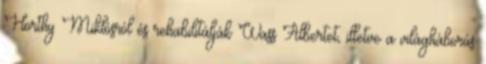
Horthy Miklósról és rehabilitálják Wass Albertet, illetve a világháborús